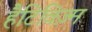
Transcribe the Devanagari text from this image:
हैटिविज़्म